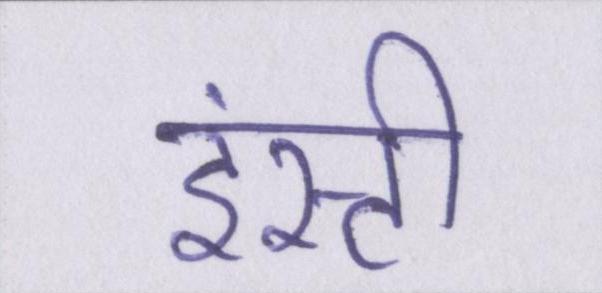
इंस्टी